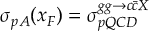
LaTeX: \sigma _ { p A } ( x _ { F } ) = \sigma _ { p Q C D } ^ { g g \to c \bar { c } X }